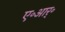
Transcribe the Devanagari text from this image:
ए॰आर्॰